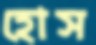
হোস